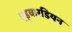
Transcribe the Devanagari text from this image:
एड्वारडियन